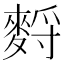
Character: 𪌳